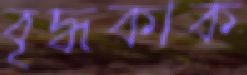
বৃদ্ধকাক